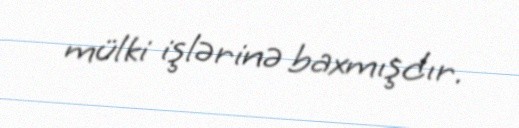
mülki işlərinə baxmışdır.